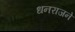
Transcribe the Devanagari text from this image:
धनराजने